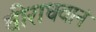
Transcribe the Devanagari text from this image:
वीराधवानं